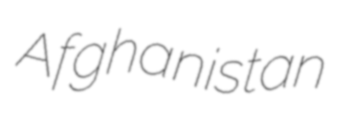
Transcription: Afghanistan